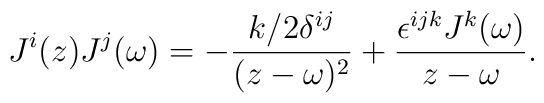
J^i(z)J^j(\omega)=-\frac{k/2\delta^{ij}}{(z-\omega)^2}+\frac{\epsilon^{ijk}J^k(\omega)}{z-\omega}.